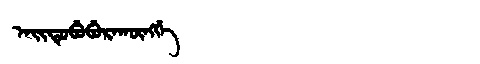
Manchu: ᠠᡳᡨᡠᠪᡠᠪᡠᡵᠠᡴᡡᠩᡤᡝ
Romanization: AITUBUBURAKŪNGGE